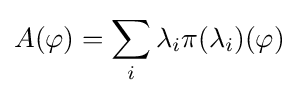
A(\varphi )=\sum _{i}\lambda _{i}\pi ({\lambda _{i}})(\varphi )